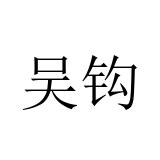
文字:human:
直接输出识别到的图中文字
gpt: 吴钩